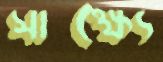
সাক্ষ্যে